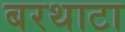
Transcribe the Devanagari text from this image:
बरथाटा